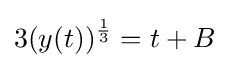
3(y(t))^{\frac {1}{3}}=t+B